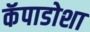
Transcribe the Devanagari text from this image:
कॅपाडोशा